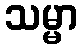
သမ္မာ